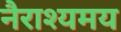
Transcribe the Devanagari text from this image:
नैराश्यमय